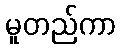
မူတည်ကာ